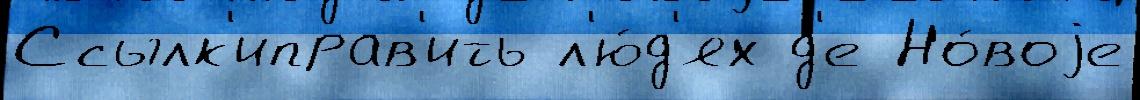
Ссылк'иправ'ить л'ю́д'ях д'е Но́воjе